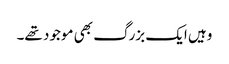
وہیں ایک بزرگ بھی موجود تھے۔